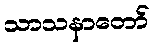
သာသနာတော်